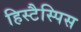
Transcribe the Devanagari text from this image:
हिस्टैस्पिस